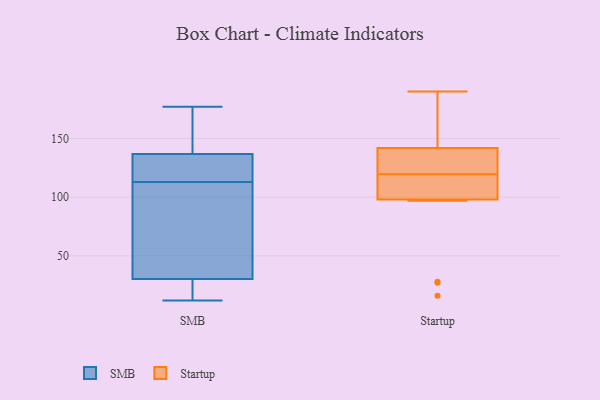
{"axis": {"x": "Net Income (USD K)", "y": "Value"}, "legend": ["SMB", "Startup"], "data": [{"x": "", "y": 63, "type": "SMB"}, {"x": "", "y": 33, "type": "SMB"}, {"x": "", "y": 86, "type": "SMB"}, {"x": "", "y": 113, "type": "SMB"}, {"x": "", "y": 119, "type": "SMB"}, {"x": "", "y": 154, "type": "SMB"}, {"x": "", "y": 13, "type": "SMB"}, {"x": "", "y": 162, "type": "SMB"}, {"x": "", "y": 119, "type": "SMB"}, {"x": "", "y": 177, "type": "SMB"}, {"x": "", "y": 12, "type": "SMB"}, {"x": "", "y": 131, "type": "SMB"}, {"x": "", "y": 22, "type": "SMB"}, {"x": "", "y": 116, "type": "Startup"}, {"x": "", "y": 190, "type": "Startup"}, {"x": "", "y": 122, "type": "Startup"}, {"x": "", "y": 122, "type": "Startup"}, {"x": "", "y": 115, "type": "Startup"}, {"x": "", "y": 134, "type": "Startup"}, {"x": "", "y": 16, "type": "Startup"}, {"x": "", "y": 97, "type": "Startup"}, {"x": "", "y": 98, "type": "Startup"}, {"x": "", "y": 142, "type": "Startup"}, {"x": "", "y": 149, "type": "Startup"}, {"x": "", "y": 28, "type": "Startup"}, {"x": "", "y": 117, "type": "Startup"}, {"x": "", "y": 122, "type": "Startup"}, {"x": "", "y": 27, "type": "Startup"}, {"x": "", "y": 153, "type": "Startup"}, {"x": "", "y": 167, "type": "Startup"}, {"x": "", "y": 107, "type": "Startup"}]}